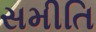
સમીતિ